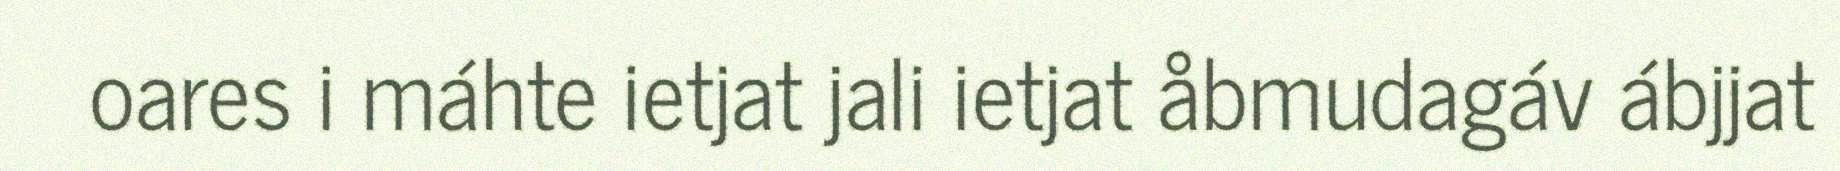
oares i máhte ietjat jali ietjat åbmudagáv ábjjat